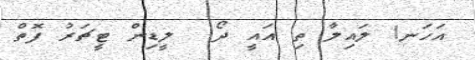
އަހަނ! ލައިލާ ތި އައީ ދޯ  ލީޑިން ޓީޗަރު ފޮތް